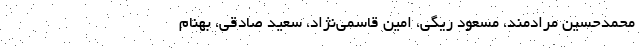
محمدحسین مرادمند، مسعود ریگی، امین قاسمی‌نژاد، سعید صادقی، بهنام